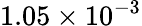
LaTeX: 1.05\times 10^{-3}